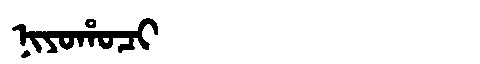
Manchu: ᠨᡳᠶᠣᡥᠣᠴᡳ
Romanization: NIYOHOCI